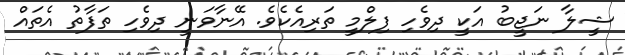
ޝީލާ ނަޖީބު އަކީ ދިވެހި ފިލްމީ ތަރިއެކެވެ. އޭނާވަނީ ދިވެހި ތަފާތު އެތައް